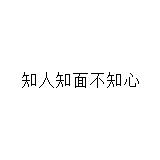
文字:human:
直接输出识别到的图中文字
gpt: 知人知面不知心